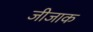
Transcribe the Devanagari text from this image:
जीजाक